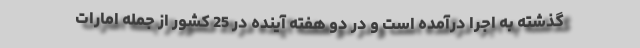
گذشته به اجرا درآمده است و در دو هفته آینده در 25 کشور از جمله امارات